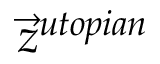
{ \vec { z } } ^ { u t o p i a n }